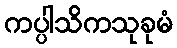
ကပ္ပါသိကသုခုမံ